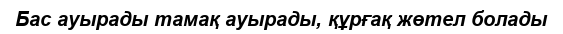
Бас ауырады тамақ ауырады, құрғақ жөтел болады